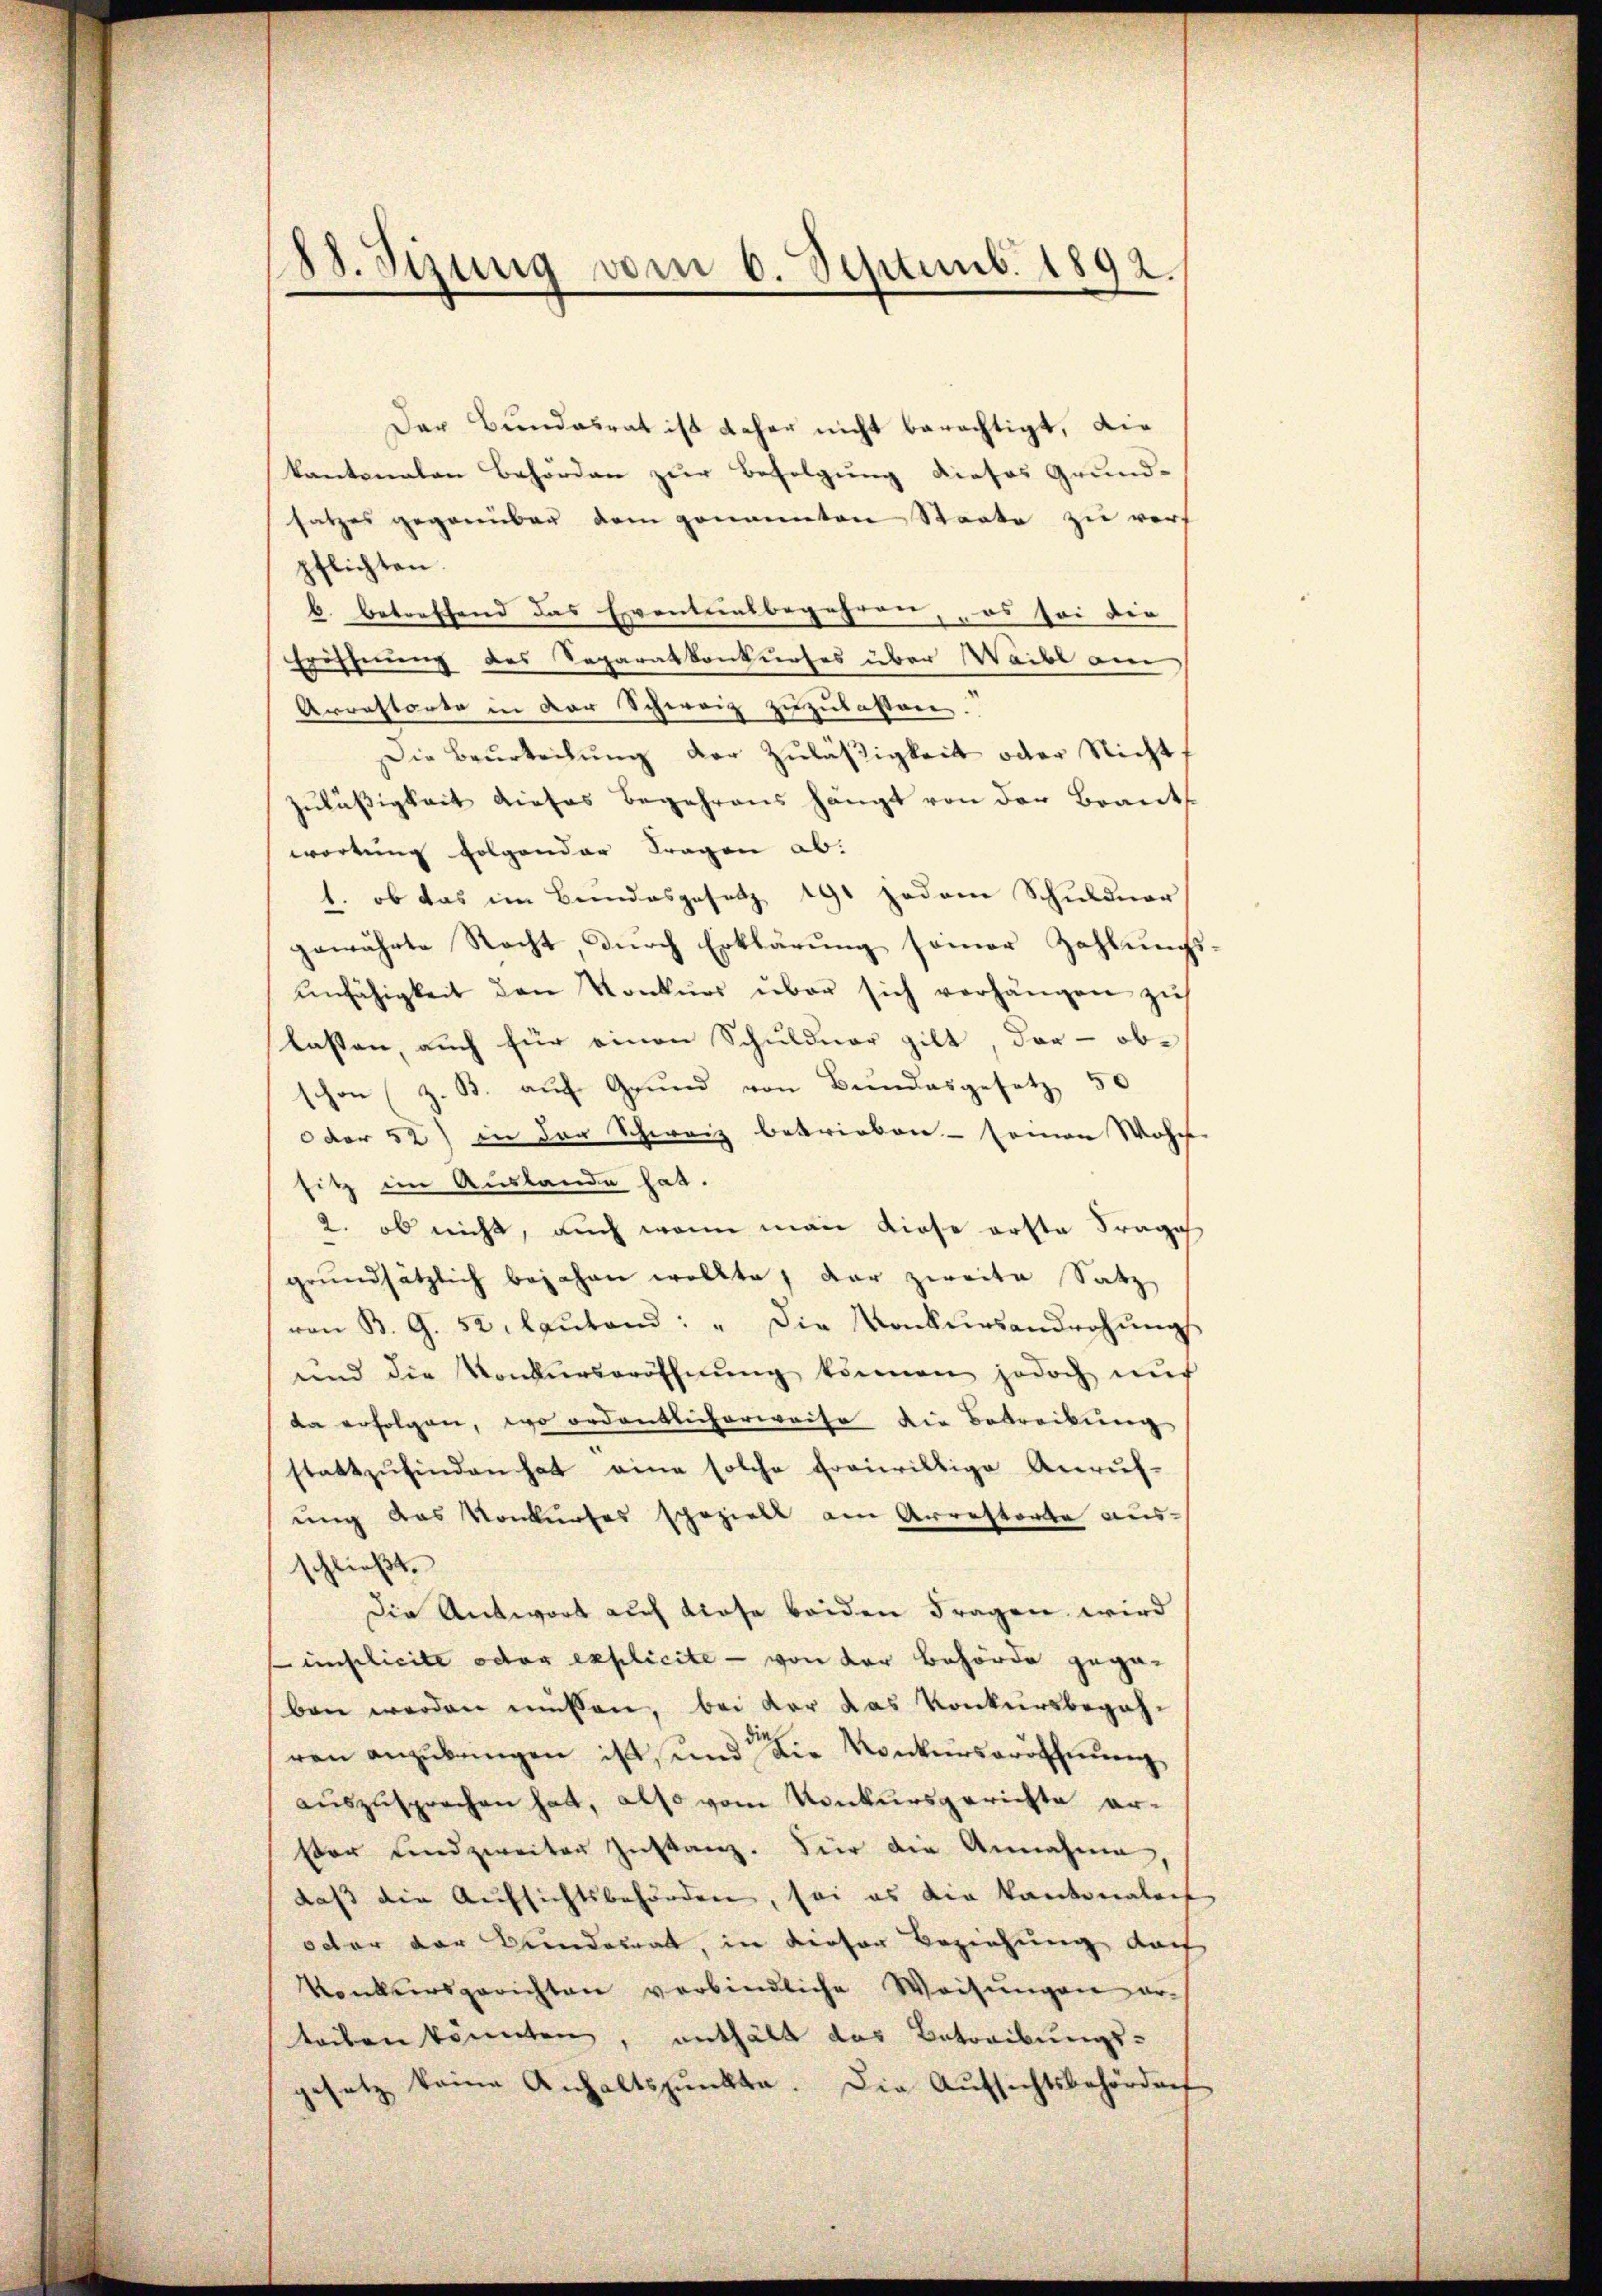
88. Sizung vom 6. Septemb. 1892.

Der Bundesrat ist daher nicht berechtigt, die
kantonalen Behörden zur Befolgung dieses Grundsatzes gegenüber dem genannten Staate zu vers
pflichten.
b. betreffend das Eventensbegehren, es sei die
Eröffnung des Separatkonkurses über Waibl am
Arrestorte in der Schweiz zuzulassen.
Die Beurteilŭng der Zuläßigkeit oder Nicht.
zuläßigkeit dieses Begehrens hängt von der Brauts
wortung folgender Fragen ab:
1. ob das im Bundesgesetz 191 jedem Schuldner
gewährte Recht durch Erklärung seiner Zahlungsunfähigkeit den Konkurs über sich verhängen zu
lasten, auch für einen Schuldner gilt, der - obchon (z. B. auf Grund von Bundesgesetz 50
oder 52) in der Schweiz betrieben - seinen Wohn
sitz im Auslande hat.
2. ob nicht, auch wenn man diese erste Frage
grundsätzlich bejahen wollte, der zweite Satz
von B. G. 52. laŭtend: „Die Konkursandrohŭngs
und die Konkurseröffnung können jedoch nŭr
da erfolgen, wo ordentlicherweise die Betreibung
stattzŭfinden hat eine solche frairiltige Anruf-
ung das Konkurses speziell am Arrestorte ausschließt:
Die Antwort auch diese beiden Fragen wird
islicite oder explicite - von der Behörde gege-
ben werden müssen, bei der das Konkursbegehren anzubringen ist, und die Konkurseröffnung
auszusprechen hat, also vom Konkursgerichte er-
ster sind zweiter Instanz. Für die Annahme
daß die Aufsichtsbehörden, sei es die Kantonaleis
octor der Fundamnat, in dieser Beziehung doch
Vonkursgerichten verbindliche Weisŭngen orleiben könnten, enthält das Betreibungs-
gesetz kame Anhaltspŭnkte. Die Aŭfsichtsbehördnet